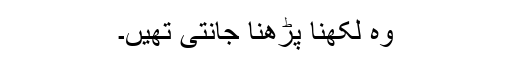
وہ لکھنا پڑھنا جانتی تھیں۔